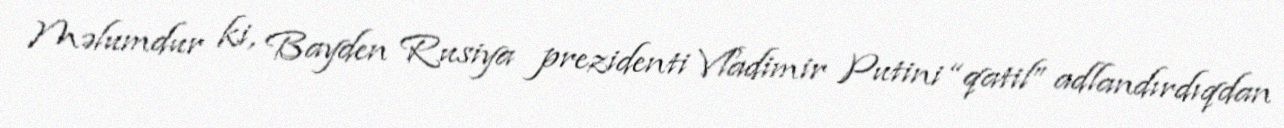
Məlumdur ki, Bayden Rusiya prezidenti Vladimir Putini “qatil” adlandırdıqdan